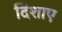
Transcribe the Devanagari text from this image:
दिशाए